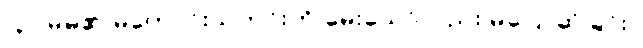
(၃) မိမိ၏ မကောင်းသတင်းကို မေးသော်လည်း မပြောဆိုခြင်း။